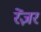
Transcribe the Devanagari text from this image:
रेंज़र